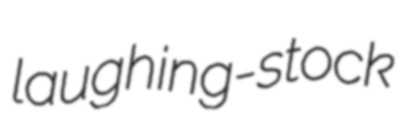
laughing-stock